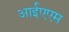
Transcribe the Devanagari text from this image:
आईएएम